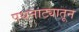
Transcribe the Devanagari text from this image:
पथनाट्यातून